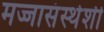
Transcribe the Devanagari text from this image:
मज्जासंस्थेशी